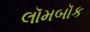
લૉમબૉક